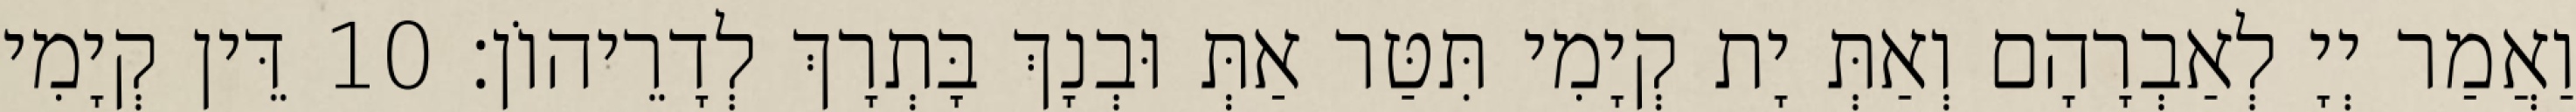
וַאֲמַר יְיָ לְאַבְרָהָם וְאַתְּ יָת קְיָמִי תִּטַּר אַתְּ וּבְנָךְ בָּתְרָךְ לְדָרֵיהוֹן׃ 10 דֵּין קְיָמִי